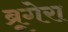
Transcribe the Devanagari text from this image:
ब्रूगेरा